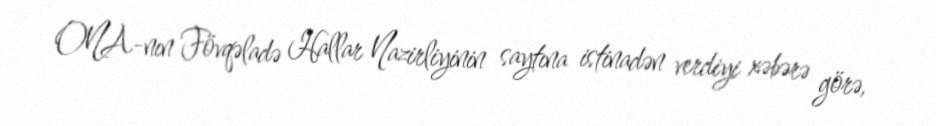
ONA-nın Fövqəladə Hallar Nazirliyinin saytına istinadən verdiyi xəbərə görə,